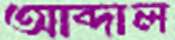
আব্দাল